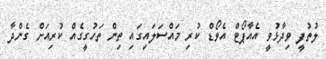
ލުތުފީ ވިދާޅުވީ އެއާޕޯޓް އެވޯޑް ކުރި މައްސަލައިގައި ތިން ތަހުގީގެއް ކުރިއަށް ގެންދާ